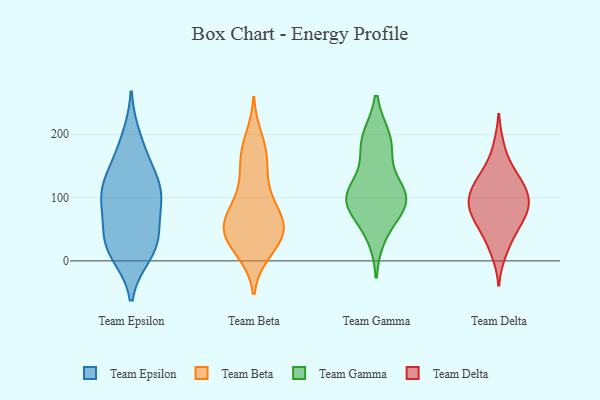
{"axis": {"x": "Satisfaction Score", "y": "Value"}, "legend": ["Team Beta", "Team Delta", "Team Epsilon", "Team Gamma"], "data": [{"x": "", "y": 195, "type": "Team Epsilon"}, {"x": "", "y": 94, "type": "Team Epsilon"}, {"x": "", "y": 111, "type": "Team Epsilon"}, {"x": "", "y": 140, "type": "Team Epsilon"}, {"x": "", "y": 36, "type": "Team Epsilon"}, {"x": "", "y": 10, "type": "Team Epsilon"}, {"x": "", "y": 67, "type": "Team Epsilon"}, {"x": "", "y": 166, "type": "Team Epsilon"}, {"x": "", "y": 29, "type": "Team Epsilon"}, {"x": "", "y": 107, "type": "Team Epsilon"}, {"x": "", "y": 34, "type": "Team Epsilon"}, {"x": "", "y": 123, "type": "Team Epsilon"}, {"x": "", "y": 96, "type": "Team Epsilon"}, {"x": "", "y": 13, "type": "Team Epsilon"}, {"x": "", "y": 193, "type": "Team Beta"}, {"x": "", "y": 161, "type": "Team Beta"}, {"x": "", "y": 52, "type": "Team Beta"}, {"x": "", "y": 38, "type": "Team Beta"}, {"x": "", "y": 50, "type": "Team Beta"}, {"x": "", "y": 17, "type": "Team Beta"}, {"x": "", "y": 177, "type": "Team Beta"}, {"x": "", "y": 54, "type": "Team Beta"}, {"x": "", "y": 114, "type": "Team Beta"}, {"x": "", "y": 132, "type": "Team Beta"}, {"x": "", "y": 26, "type": "Team Beta"}, {"x": "", "y": 58, "type": "Team Beta"}, {"x": "", "y": 65, "type": "Team Beta"}, {"x": "", "y": 82, "type": "Team Beta"}, {"x": "", "y": 42, "type": "Team Beta"}, {"x": "", "y": 94, "type": "Team Beta"}, {"x": "", "y": 66, "type": "Team Beta"}, {"x": "", "y": 162, "type": "Team Beta"}, {"x": "", "y": 14, "type": "Team Beta"}, {"x": "", "y": 41, "type": "Team Gamma"}, {"x": "", "y": 173, "type": "Team Gamma"}, {"x": "", "y": 97, "type": "Team Gamma"}, {"x": "", "y": 89, "type": "Team Gamma"}, {"x": "", "y": 107, "type": "Team Gamma"}, {"x": "", "y": 192, "type": "Team Gamma"}, {"x": "", "y": 111, "type": "Team Gamma"}, {"x": "", "y": 96, "type": "Team Gamma"}, {"x": "", "y": 89, "type": "Team Gamma"}, {"x": "", "y": 193, "type": "Team Gamma"}, {"x": "", "y": 115, "type": "Team Delta"}, {"x": "", "y": 104, "type": "Team Delta"}, {"x": "", "y": 85, "type": "Team Delta"}, {"x": "", "y": 140, "type": "Team Delta"}, {"x": "", "y": 106, "type": "Team Delta"}, {"x": "", "y": 34, "type": "Team Delta"}, {"x": "", "y": 12, "type": "Team Delta"}, {"x": "", "y": 72, "type": "Team Delta"}, {"x": "", "y": 94, "type": "Team Delta"}, {"x": "", "y": 88, "type": "Team Delta"}, {"x": "", "y": 56, "type": "Team Delta"}, {"x": "", "y": 76, "type": "Team Delta"}, {"x": "", "y": 54, "type": "Team Delta"}, {"x": "", "y": 181, "type": "Team Delta"}, {"x": "", "y": 126, "type": "Team Delta"}, {"x": "", "y": 138, "type": "Team Delta"}]}